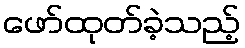
ဖော်ထုတ်ခဲ့သည့်